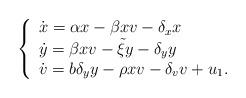
LaTeX: \begin{align*} \left\{ \begin{array}{l} \dot x = \alpha x - \beta x v - \delta_x x \\ \dot y = \beta x v - \tilde \xi y - \delta_y y \\ \dot v = b \delta_y y - \rho x v - \delta_v v + u_1. \end{array} \right.\end{align*}